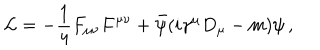
{ \cal L } = - { \frac { 1 } { 4 } } F _ { \mu \nu } F ^ { \mu \nu } + { \bar { \psi } } ( i \gamma ^ { \mu } D _ { \mu } - m ) \psi \, ,